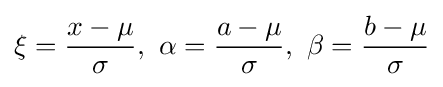
\xi ={\frac {x-\mu }{\sigma }},\ \alpha ={\frac {a-\mu }{\sigma }},\ \beta ={\frac {b-\mu }{\sigma }}